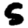
Digit: 5